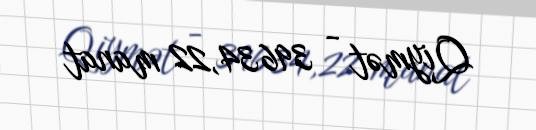
Qiymət - 39634,22 manat